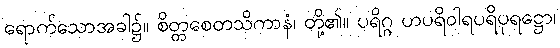
ရောက်သောအခါ၌။ စိတ္တစေတသိကာနံ၊ တို့၏။ ပရိဂ္ဂ ဟပရိဝါရပရိပုရဋ္ဌော၊